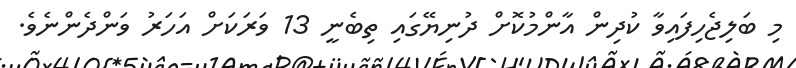
މި ބަލިޖެހިފައިވާ ކުދިން އާންމުކޮށް ދުނިޔޭގައި ތިބެނީ 13 ވަރަކަށް އަހަރު ވަންދެންނެވެ.